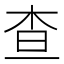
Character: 查